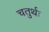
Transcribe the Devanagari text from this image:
चतुर्थः